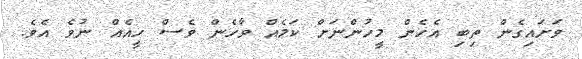
ވަށައިގެން ތިބި އެހެން މީހުންނަށް ކަމެއް ވާހެން ވެސް ހީއެއްް ނުވެ އެވެ.